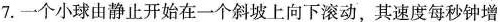
7.一个小球由静止开始在一个斜坡上向下滚动，其速度每秒钟增